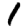
Digit: 1